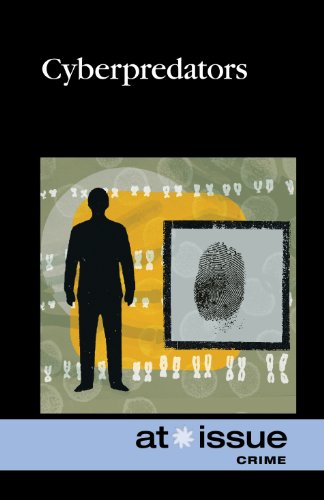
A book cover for Cyberpredators (At Issue); Stefan Kiesbye; Teen & Young Adult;